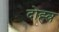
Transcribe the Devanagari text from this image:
दोह्त्र